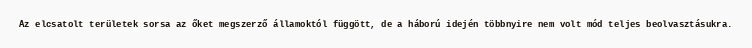
Az elcsatolt területek sorsa az őket megszerző államoktól függött, de a háború idején többnyire nem volt mód teljes beolvasztásukra.